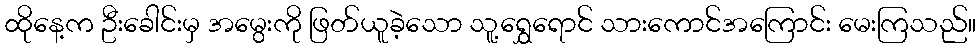
ထိုနေ့က ဦးခေါင်းမှ အမွေးကို ဖြတ်ယူခဲ့သော သူ့ရွှေရောင် သားကောင်အကြောင်း မေးကြသည်။